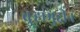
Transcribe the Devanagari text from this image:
बुऱ्हामुद्दीन